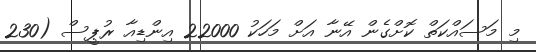
މި މަސައްކަތް ކޮށްގެން އޭނާ އަށް މަހަކު 22000 އިންޑިއާ ރުޕީސް (230